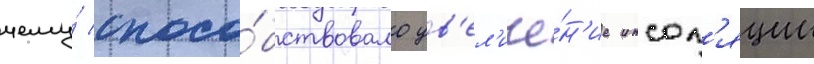
чему́ спосо́бствовало ув'ел'иче́н'ие инсол'яции